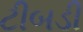
ટીબડી